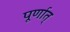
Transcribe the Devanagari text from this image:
पूर्णात्